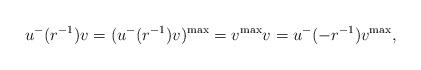
LaTeX: \begin{align*}u^{-}(r^{-1})v= (u^{-}(r^{-1})v)^{\max}=v^{\max} v = u^{-}(-r^{-1})v^{\max},\end{align*}